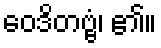
ဝေဒိတဗ္ဗံ၊ ၏။